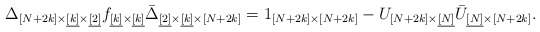
\begin{align*}\Delta_{[N+2k]\times\underline{[k]}\times\underline{[2]}} f_{\underline{[k]}\times\underline{[k]}}\bar{\Delta}_{\underline{[2]} \times\underline{[k]} \times[N+2k]} = 1_{[N+2k]\times[N+2k]} - U_{[N+2k]\times\underline{[N]}}\bar{U}_{\underline{[N]}\times[N+2k]}.\end{align*}